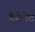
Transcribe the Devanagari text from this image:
कैटेनेट